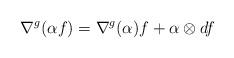
LaTeX: \begin{align*}\nabla ^{g}(\alpha f)=\nabla ^{g}(\alpha )f+\alpha \otimes df \end{align*}